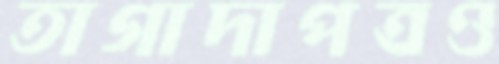
তাগাদাপত্রও